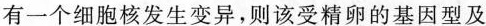
有一个细胞核发生变异，则该受精卵的基因型及